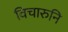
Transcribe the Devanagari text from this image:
विचारुनि